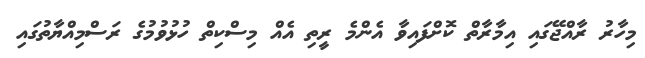
މިހާރު ރާއްޖޭގައި އިމާރާތް ކޮށްފައިވާ އެންމެ ރީތި އެއް މިސްކިތް ހުޅުވުމުގެ ރަސްމިއްޔާތުގައި